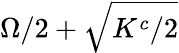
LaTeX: \Omega/2+\sqrt{K^{c}/2}